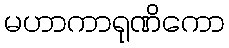
မဟာကာရုဏိကော